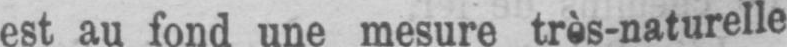
est au fond une mesure très-naturelle